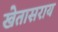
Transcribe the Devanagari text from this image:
खेतासराय